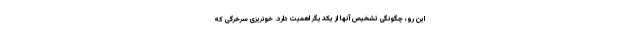
این رو، چگونگی تشخیص آنها از یکدیگر اهمیت دارد. خونریزی سرخرگی که